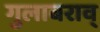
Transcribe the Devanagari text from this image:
गुलाबराव्